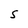
Character: S